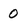
Character: 0